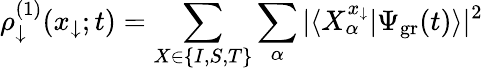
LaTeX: \rho_{\downarrow}^{(1)}(x_{\downarrow};t)=\sum_{X\in\{ I,S,T\} }\sum_{\alpha}|\langle X_{\alpha}^{x_{\downarrow}}|\Psi_{\mathrm{gr}}(t)\rangle|^{2}